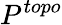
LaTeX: P^{topo}